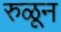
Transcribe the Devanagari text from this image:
रुळून